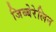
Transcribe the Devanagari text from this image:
जिब्बेरेलिन